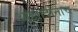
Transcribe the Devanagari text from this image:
आझादांनाच